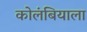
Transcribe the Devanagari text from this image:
कोलंबियाला